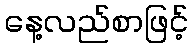
နေ့လည်စာဖြင့်